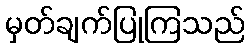
မှတ်ချက်ပြုကြသည်